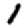
Digit: 1